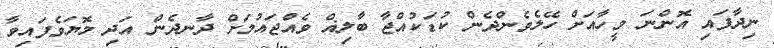
ނިދާފައި އޮންނަ މީހާއަށް ހޭލެވެންދެން ކުޑަކުއްޖާ ބާލިޣް ވެއްޖައުމަށް ދާނދެން އަދި މޮޔަވެފައިވާ